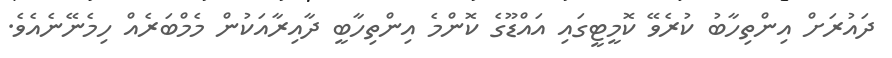
ދައުރަށް އިންތިހާބު ކުރެވޭ ކޮމީޓީގައި އައްޑޫގެ ކޮންމެ އިންތިހާބީ ދާއިރާއަކުން މެމްބަރެއް ހިމެނޭނެއެވެ.